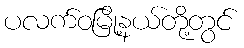
ပလက်ဝမြို့နယ်တို့တွင်